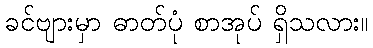
ခင်ဗျားမှာ ဓာတ်ပုံ စာအုပ် ရှိသလား။